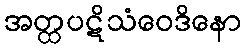
အတ္ထပဋိသံဝေဒိနော